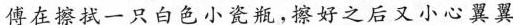
傅在擦拭一只白色小瓷瓶，擦好之后又小心翼翼